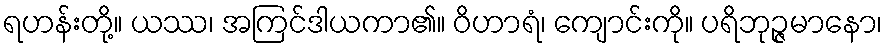
ရဟန်းတို့။ ယဿ၊ အကြင်ဒါယကာ၏။ ဝိဟာရံ၊ ကျောင်းကို။ ပရိဘုဉ္ဇမာနော၊